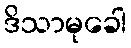
ဒိသာမုခေါ